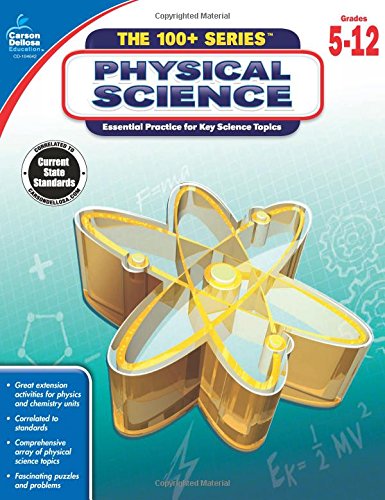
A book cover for Physical Science (The 100+ Series(TM)); Science & Math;